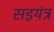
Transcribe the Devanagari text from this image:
सड़यंत्र